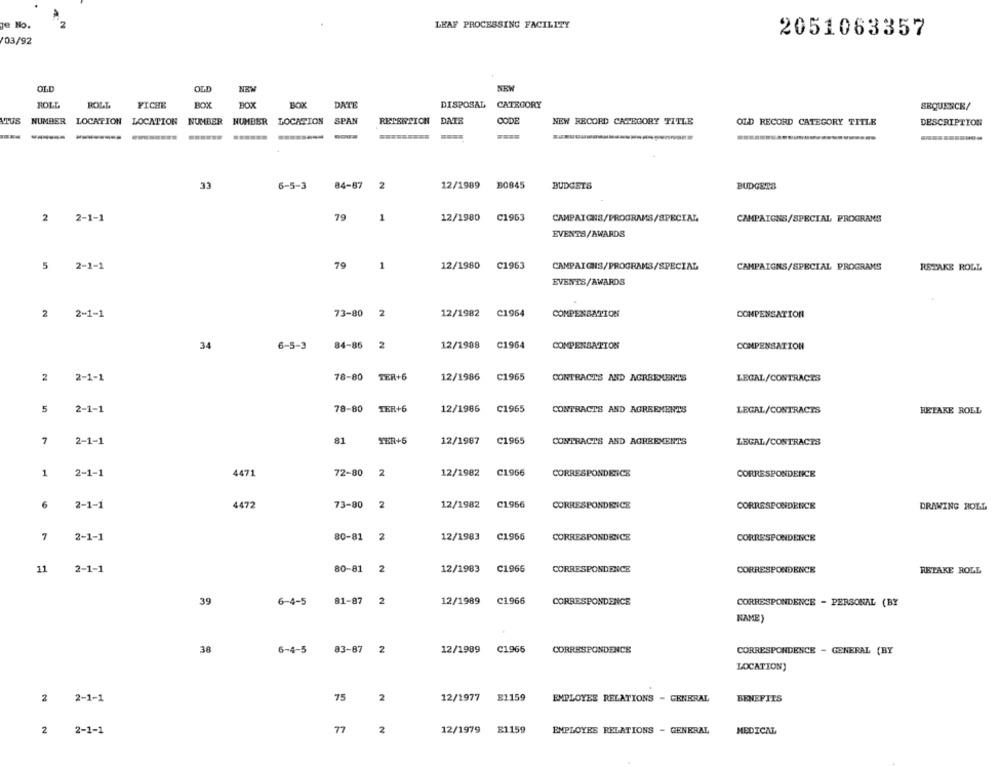
Je No.
LEAF PROCESSING FACILITY
2051063357
/03/92
OLD
OLD
NEM
NEW
ROLL
ROLL
FICHE
BOX
BOX
BOX
DATE
DISPOSAL CATEGORY
SEQUENCE/
ATUS
NUMBER
LOCATION
LOCATION
NUMBER
NUMBER
LOCATION
SPAN
RETENTION
DATE
CODE
NEW RECORD CATEGORY TITLE
OLD RECORD CATEGORY TITLE
DESCRIPTION
33
6-5-3
84-87
2
12/1989
B0845
BUDGETS
BUDGETS
2
2-1-1
79
1
12/1980
C1963
CAMPAIGNS/PROGRAMS/SPECIAL
CAMPAIGNS/SPECIAL PROGRAMS
EVENTS/AWARDS
5
2-1-1
79
1
12/1980
C1963
CAMPAIGNS/PROGRAMS/SPECIAL
CAMPAIGNS/SPECIAL PROGRAMS
RETAKE ROLL
EVENTS/AWARDS
2
2-1-1
73-80
2
12/1982
C1964
COMPENSATION
COMPENSATION
34
6-5-3
84-86 2
12/1988
C1964
COMPENSATION
COMPENSATION
2-1-1
78-80
TER+6
12/1986
C1965
2
CONTRACTS AND AGREEMENTS
LEGAL/CONTRACTS
5
2-1-1
78-80
TER+6
12/1986
C1965
CONTRACTS AND AGREEMENTS
LEGAL/CONTRACTS
RETAKE ROLL
7
2-1-1
81
YER+5
12/1987
C1955
CONTRACTS AND AGREEMENTS
LEGAL/CONTRACTS
1
2-1-1
4471
72-80
2
12/1982
C1966
CORRESPONDENCE
CORRESPONDENCE
6
2-1-1
4472
73-80
2
12/1982
C1956
CORRESPONDENCE
CORRESPONDENCE
DRAWING ROLL
2-1-1
80-81
2
12/1983
C1956
CORRESPONDENCE
CORRESPONDENCE
11
80-81
2
12/1983
2-1-1
C1966
CORRESPONDENCE
CORRESPONDENCE
RETAKE ROLL
81-87
39
6-4-5
2
12/1989
C1966
CORRESPONDENCE
CORRESPONDENCE - PERSONAL (BY
NAME)
38
6-4-5
83-87
2
12/1989
C1965
CORRESPONDENCE
CORRESPONDENCE - GENERAL (BY
LOCATION)
2
2-1-1
75
2
12/1977
E1159
EMPLOYEE RELATIONS - GENERAL
BENEFITS
E1159
2
2-1-1
77
2
12/1979
EMPLOYES RELATIONS - GENERAL
MEDICAL